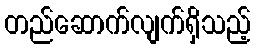
တည်ဆောက်လျက်ရှိသည့်